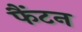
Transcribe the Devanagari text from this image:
फैंटन